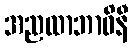
အညထာဘာဝိနီ